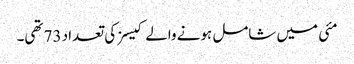
مئی میں شامل ہونے والے کیسز کی تعداد 73 تھی۔